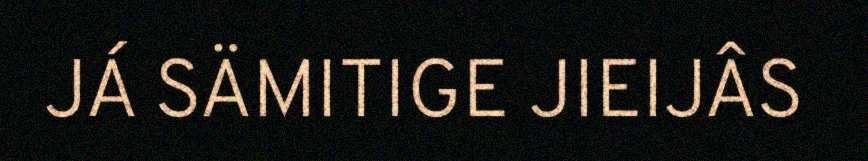
JÁ SÄMITIGE JIEIJÂS